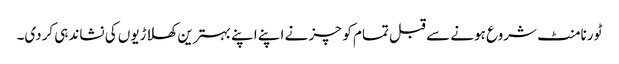
ٹورنامنٹ شروع ہونے سے قبل تمام کوچز نے اپنے اپنے بہترین کھلاڑیوں کی نشاندہی کردی۔